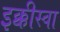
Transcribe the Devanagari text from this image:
इक्कीस्वा